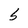
Character: b